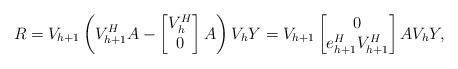
LaTeX: \begin{align*} R=V_{h+1}\left(V_{h+1}^HA-\begin{bmatrix} V_h^H\\0 \end{bmatrix}A\right)V_{h}Y=V_{h+1}\begin{bmatrix} 0\\ e_{h+1}^HV_{h+1}^H \end{bmatrix}AV_h Y, \end{align*}